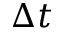
\Delta t